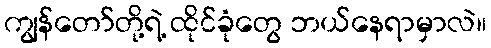
ကျွန်တော်တို့ရဲ့ ထိုင်ခုံတွေ ဘယ်နေရာမှာလဲ။